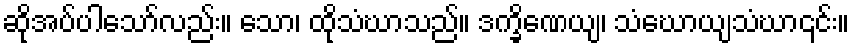
ဆိုအပ်ပါသော်လည်း။ သော၊ ထိုသံဃာသည်။ ဒက္ခိဏေယျ၊ သံဃောယျသံဃာ၎င်း။